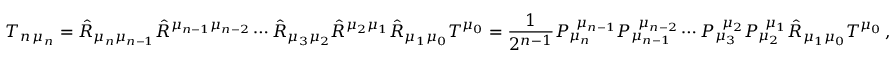
T _ { n \, \mu _ { n } } = \hat { R } _ { \mu _ { n } \mu _ { n - 1 } } \hat { R } ^ { \mu _ { n - 1 } \mu _ { n - 2 } } \cdots \hat { R } _ { \mu _ { 3 } \mu _ { 2 } } \hat { R } ^ { \mu _ { 2 } \mu _ { 1 } } \hat { R } _ { \mu _ { 1 } \mu _ { 0 } } T ^ { \mu _ { 0 } } = \frac { 1 } { 2 ^ { n - 1 } } P _ { \mu _ { n } } ^ { \, \, \, \mu _ { n - 1 } } P _ { \mu _ { n - 1 } } ^ { \, \, \, \mu _ { n - 2 } } \cdots P _ { \mu _ { 3 } } ^ { \, \, \, \mu _ { 2 } } P _ { \mu _ { 2 } } ^ { \, \, \, \mu _ { 1 } } \hat { R } _ { \mu _ { 1 } \mu _ { 0 } } T ^ { \mu _ { 0 } } \, ,